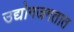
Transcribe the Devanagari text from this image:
उद्योगजगतात